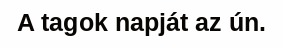
A tagok napját az ún.